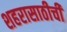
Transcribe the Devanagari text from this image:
शहरासाठीची